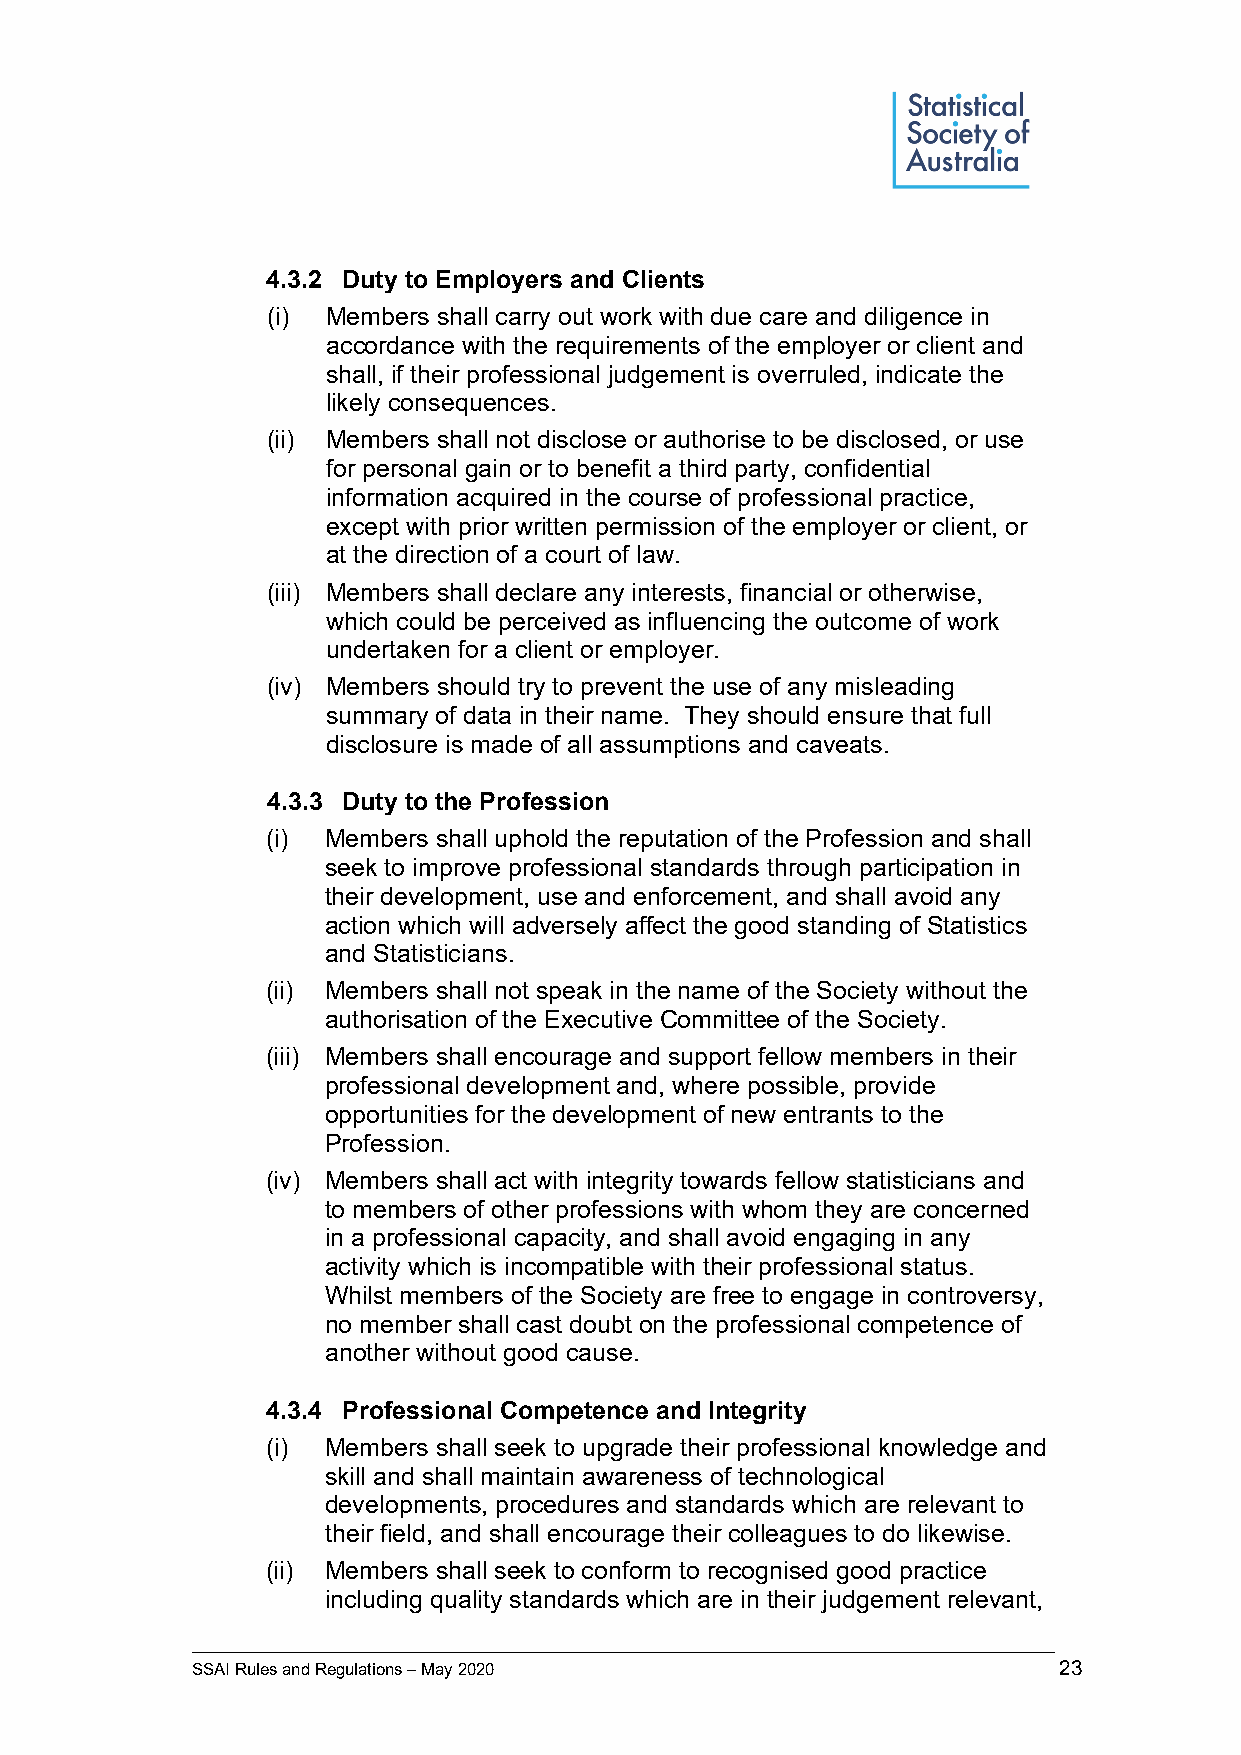
4.3.2 Duty to Employers and Clients
 (i) Members shall carry out work with due care and diligence in
 accordance with the requirements of the employer or client and
 shall, if their professional judgement is overruled, indicate the
 likely consequences.
 (ii) Members shall not disclose or authorise to be disclosed, or use
 for personal gain or to benefit a third party, confidential
 information acquired in the course of professional practice,
 except with prior written permission of the employer or client, or
 at the direction of a court of law.
 (iii) Members shall declare any interests, financial or otherwise,
 which could be perceived as influencing the outcome of work
 undertaken for a client or employer.
 (iv) Members should try to prevent the use of any misleading
 summary of data in their name. They should ensure that full
 disclosure is made of all assumptions and caveats.
 4.3.3 Duty to the Profession
 (i) Members shall uphold the reputation of the Profession and shall
 seek to improve professional standards through participation in
 their development, use and enforcement, and shall avoid any
 action which will adversely affect the good standing of Statistics
 and Statisticians.
 (ii) Members shall not speak in the name of the Society without the
 authorisation of the Executive Committee of the Society.
 (iii) Members shall encourage and support fellow members in their
 professional development and, where possible, provide
 opportunities for the development of new entrants to the
 Profession.
 (iv) Members shall act with integrity towards fellow statisticians and
 to members of other professions with whom they are concerned
 in a professional capacity, and shall avoid engaging in any
 activity which is incompatible with their professional status.
 Whilst members of the Society are free to engage in controversy,
 no member shall cast doubt on the professional competence of
 another without good cause.
 4.3.4 Professional Competence and Integrity
 (i) Members shall seek to upgrade their professional knowledge and
 skill and shall maintain awareness of technological
 developments, procedures and standards which are relevant to
 their field, and shall encourage their colleagues to do likewise.
 (ii) Members shall seek to conform to recognised good practice
 including quality standards which are in their judgement relevant,
 _____________________________________________________________________________________________
 SSAI Rules and Regulations – May 2020                    23